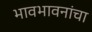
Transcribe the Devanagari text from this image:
भावभावनांचा